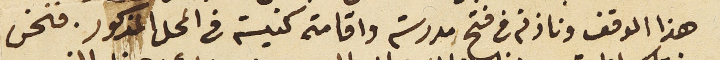
هذا الوقف وناذنه فى فتح مدرسة واقامة كنيسة فى المحل المذكور. فنحن